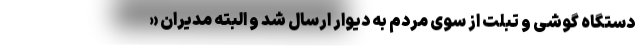
دستگاه گوشی و تبلت از سوی مردم به دیوار ارسال شد و البته مدیران «